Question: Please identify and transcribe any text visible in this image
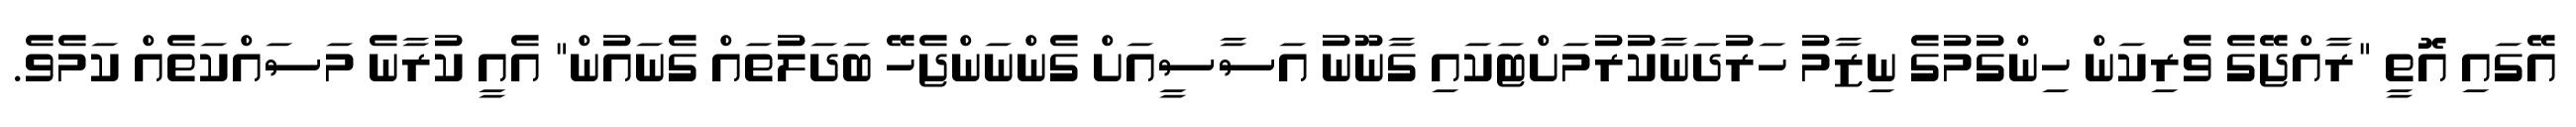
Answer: އޭގައި އޮތީ "ރާއްޖޭގެ ވެރިކަން ހިންގުމުގެ ނިޒާމު ހަރުދަނާކުރުމަށްޓަކައި ގާނޫނު އަސާސީއަށް ގެންނަންޖެހޭ ބަދަލުތައް ގެނައުން" އެއީ ކުރާނެ މަސައްކަތެއް ކަމެވެ.